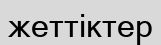
жеттіктер